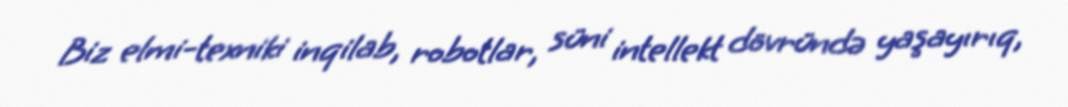
Biz elmi-texniki inqilab, robotlar, süni intellekt dövründə yaşayırıq,